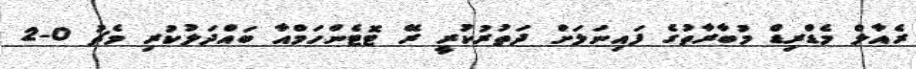
ރެއާލް މެޑްރިޑް މުބާރާތުގެ ފައިނަލަށް ދަތުރުކުރީ ރޭ ޓޮޓެންހަމްއާ ބައްދަލުކުރި މެޗު 0-2